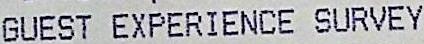
GUEST EXPERIENCE SURVEY